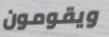
ويقومون